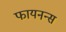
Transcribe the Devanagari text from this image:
फायनन्स